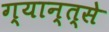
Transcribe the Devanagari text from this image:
ग्यान्त्से